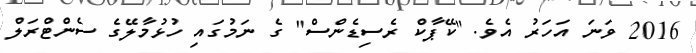
2016 ވަނަ އަހަރު އެވެ. "ކޭޕާކް ރެސިޑެންސް" ގެ ނަމުގައި ހުޅުމާލޭގެ ސެންޓްރަލް